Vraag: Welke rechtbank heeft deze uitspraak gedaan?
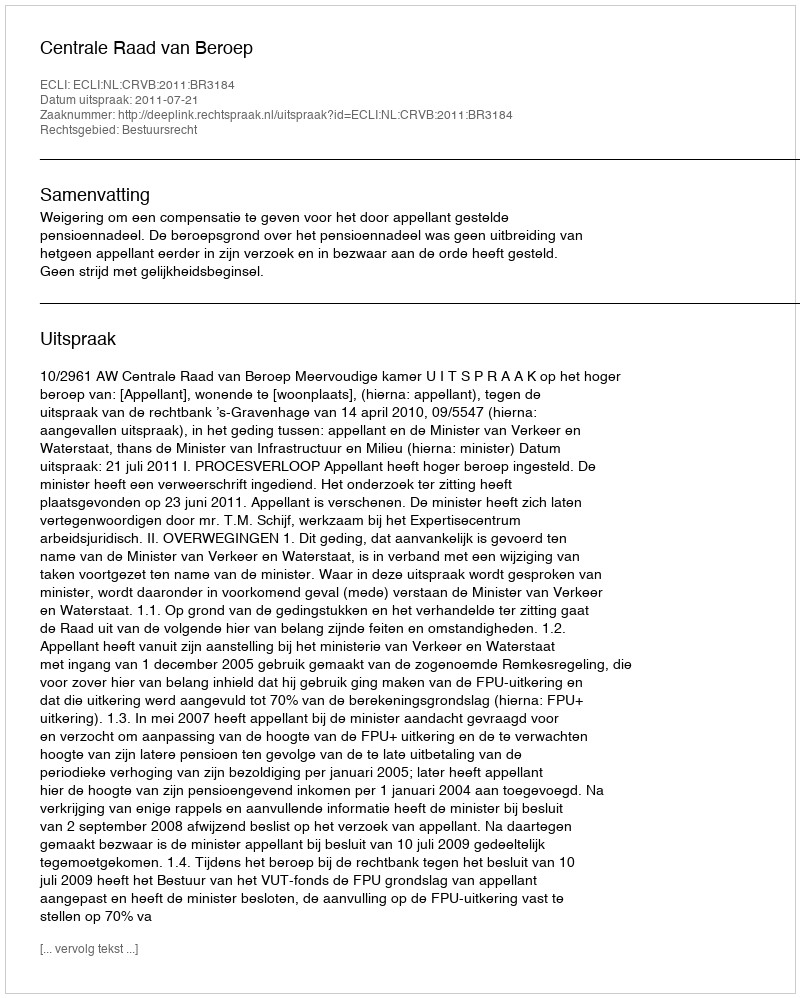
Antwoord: Centrale Raad van Beroep